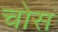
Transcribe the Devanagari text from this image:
चोस